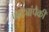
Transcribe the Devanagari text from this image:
फाट्यांपैकी